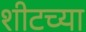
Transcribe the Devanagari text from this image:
शीटच्या